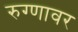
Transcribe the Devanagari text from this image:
रुग्णावर